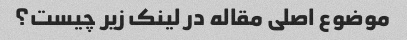
موضوع اصلی مقاله در لینک زیر چیست؟